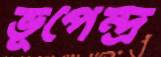
ভূপেন্দ্র